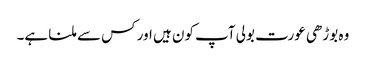
وہ بوڑھی عورت بولی آپ کون ہیں اور کس سے ملنا ہے۔